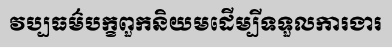
វប្បធម៌បក្ខពួកនិយមដើម្បីទទួលការងារ